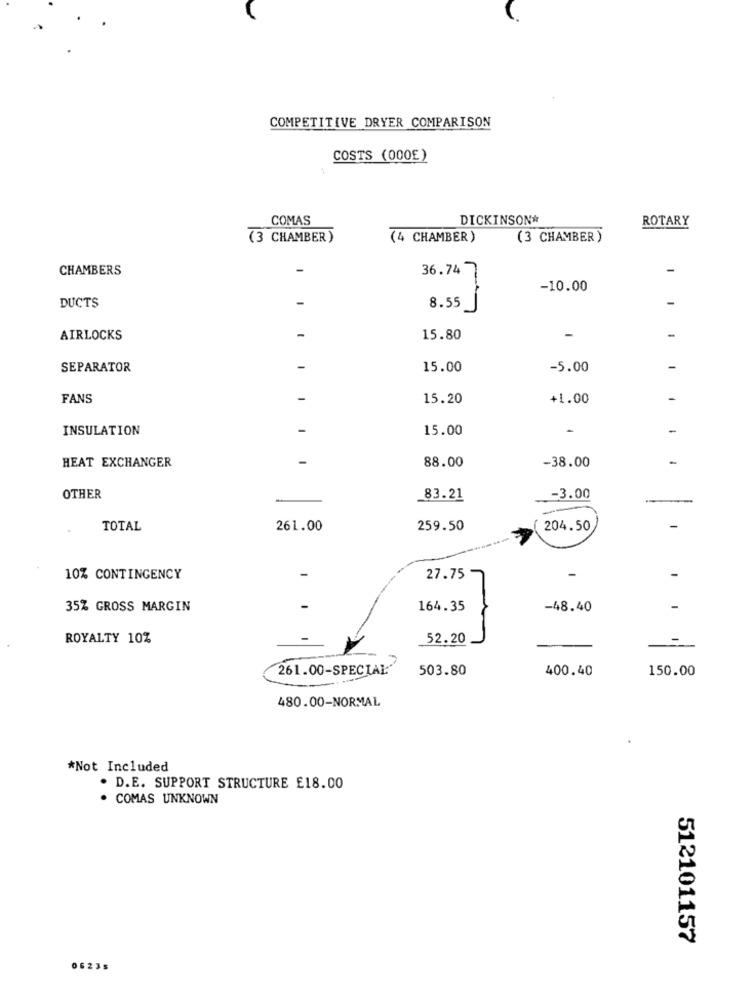
COMPETITIVE DRYER COMPARISON
COSTS (000E)
COMAS
DICKINSON#
ROTARY
(3 CHAMBER)
(4 CHAMBER)
(3 CHAMBER )
CHAMBERS
-
36.74
-
-10.00
-
DUCTS
8.55
-
AIRLOCKS
15.80
-
SEPARATOR
15.00
-5.00
FANS
15.20
+1.00
INSULATION
-
15.00
-
-
HEAT EXCHANGER
-
88.00
-
-38.00
OTHER
83.21
-3.00
-
TOTAL
261.00
259.50
204.50
10% CONTINGENCY
27.75
-
35% GROSS MARGIN
164.35
-48.40
ROYALTY 10%
52.20
261.00-SPECIAL:"
503.80
400.40
150.00
480.00-NORMAL
*Not Included
. D.E. SUPPORT STRUCTURE £18.00
. COMAS UNKNOWN
512101157
06235